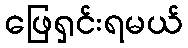
ဖြေရှင်းရမယ်